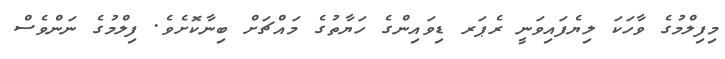
މިފިލްމުގެ ވާހަކަ ލިޔެފައިވަނީ ރެޕަރ ޑިވައިންގެ ހަޔާތުގެ މައްޗަށް ބިނާކޮށެވެ. ފިލްމުގެ ނަންވެސް